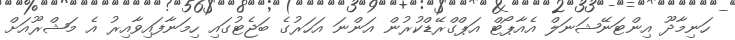
ހަނިމާދޫ އިންޓަނޭޝަނަލް އެއާޕޯޓް އަޕްގްރޭޑްކުރުން އަންނަ އަހަރުގެ ބަޖެޓުގައި ހިމަނާފައިވާއިރު އެ މަޝްރޫއަށް